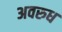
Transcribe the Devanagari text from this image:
अवरुध